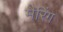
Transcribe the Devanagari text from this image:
मैरिंग